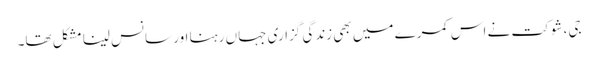
جی، شوکت نے اس کمرے میں بھی زندگی گزاری جہاں رہنا اور سانس لینا مشکل تھا۔